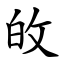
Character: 敀